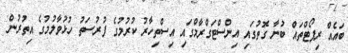
ބައެއް ރިޕޯޓްތައް ބުނާ ގޮތުގައި އިންސްޓަގްރާމްގައި އިސްތިހާރު ކުރުމުގެ ފުރުސަތު ހުޅުވާލުމުގެ އިތުރުން